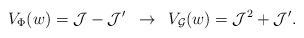
\begin{align*}V_{\Phi}(w) = {\cal J} - {\cal J}' \,\,\,\rightarrow\,\,\, V_{{\cal G}}(w) = {\cal J}^2 + {\cal J}'.\end{align*}